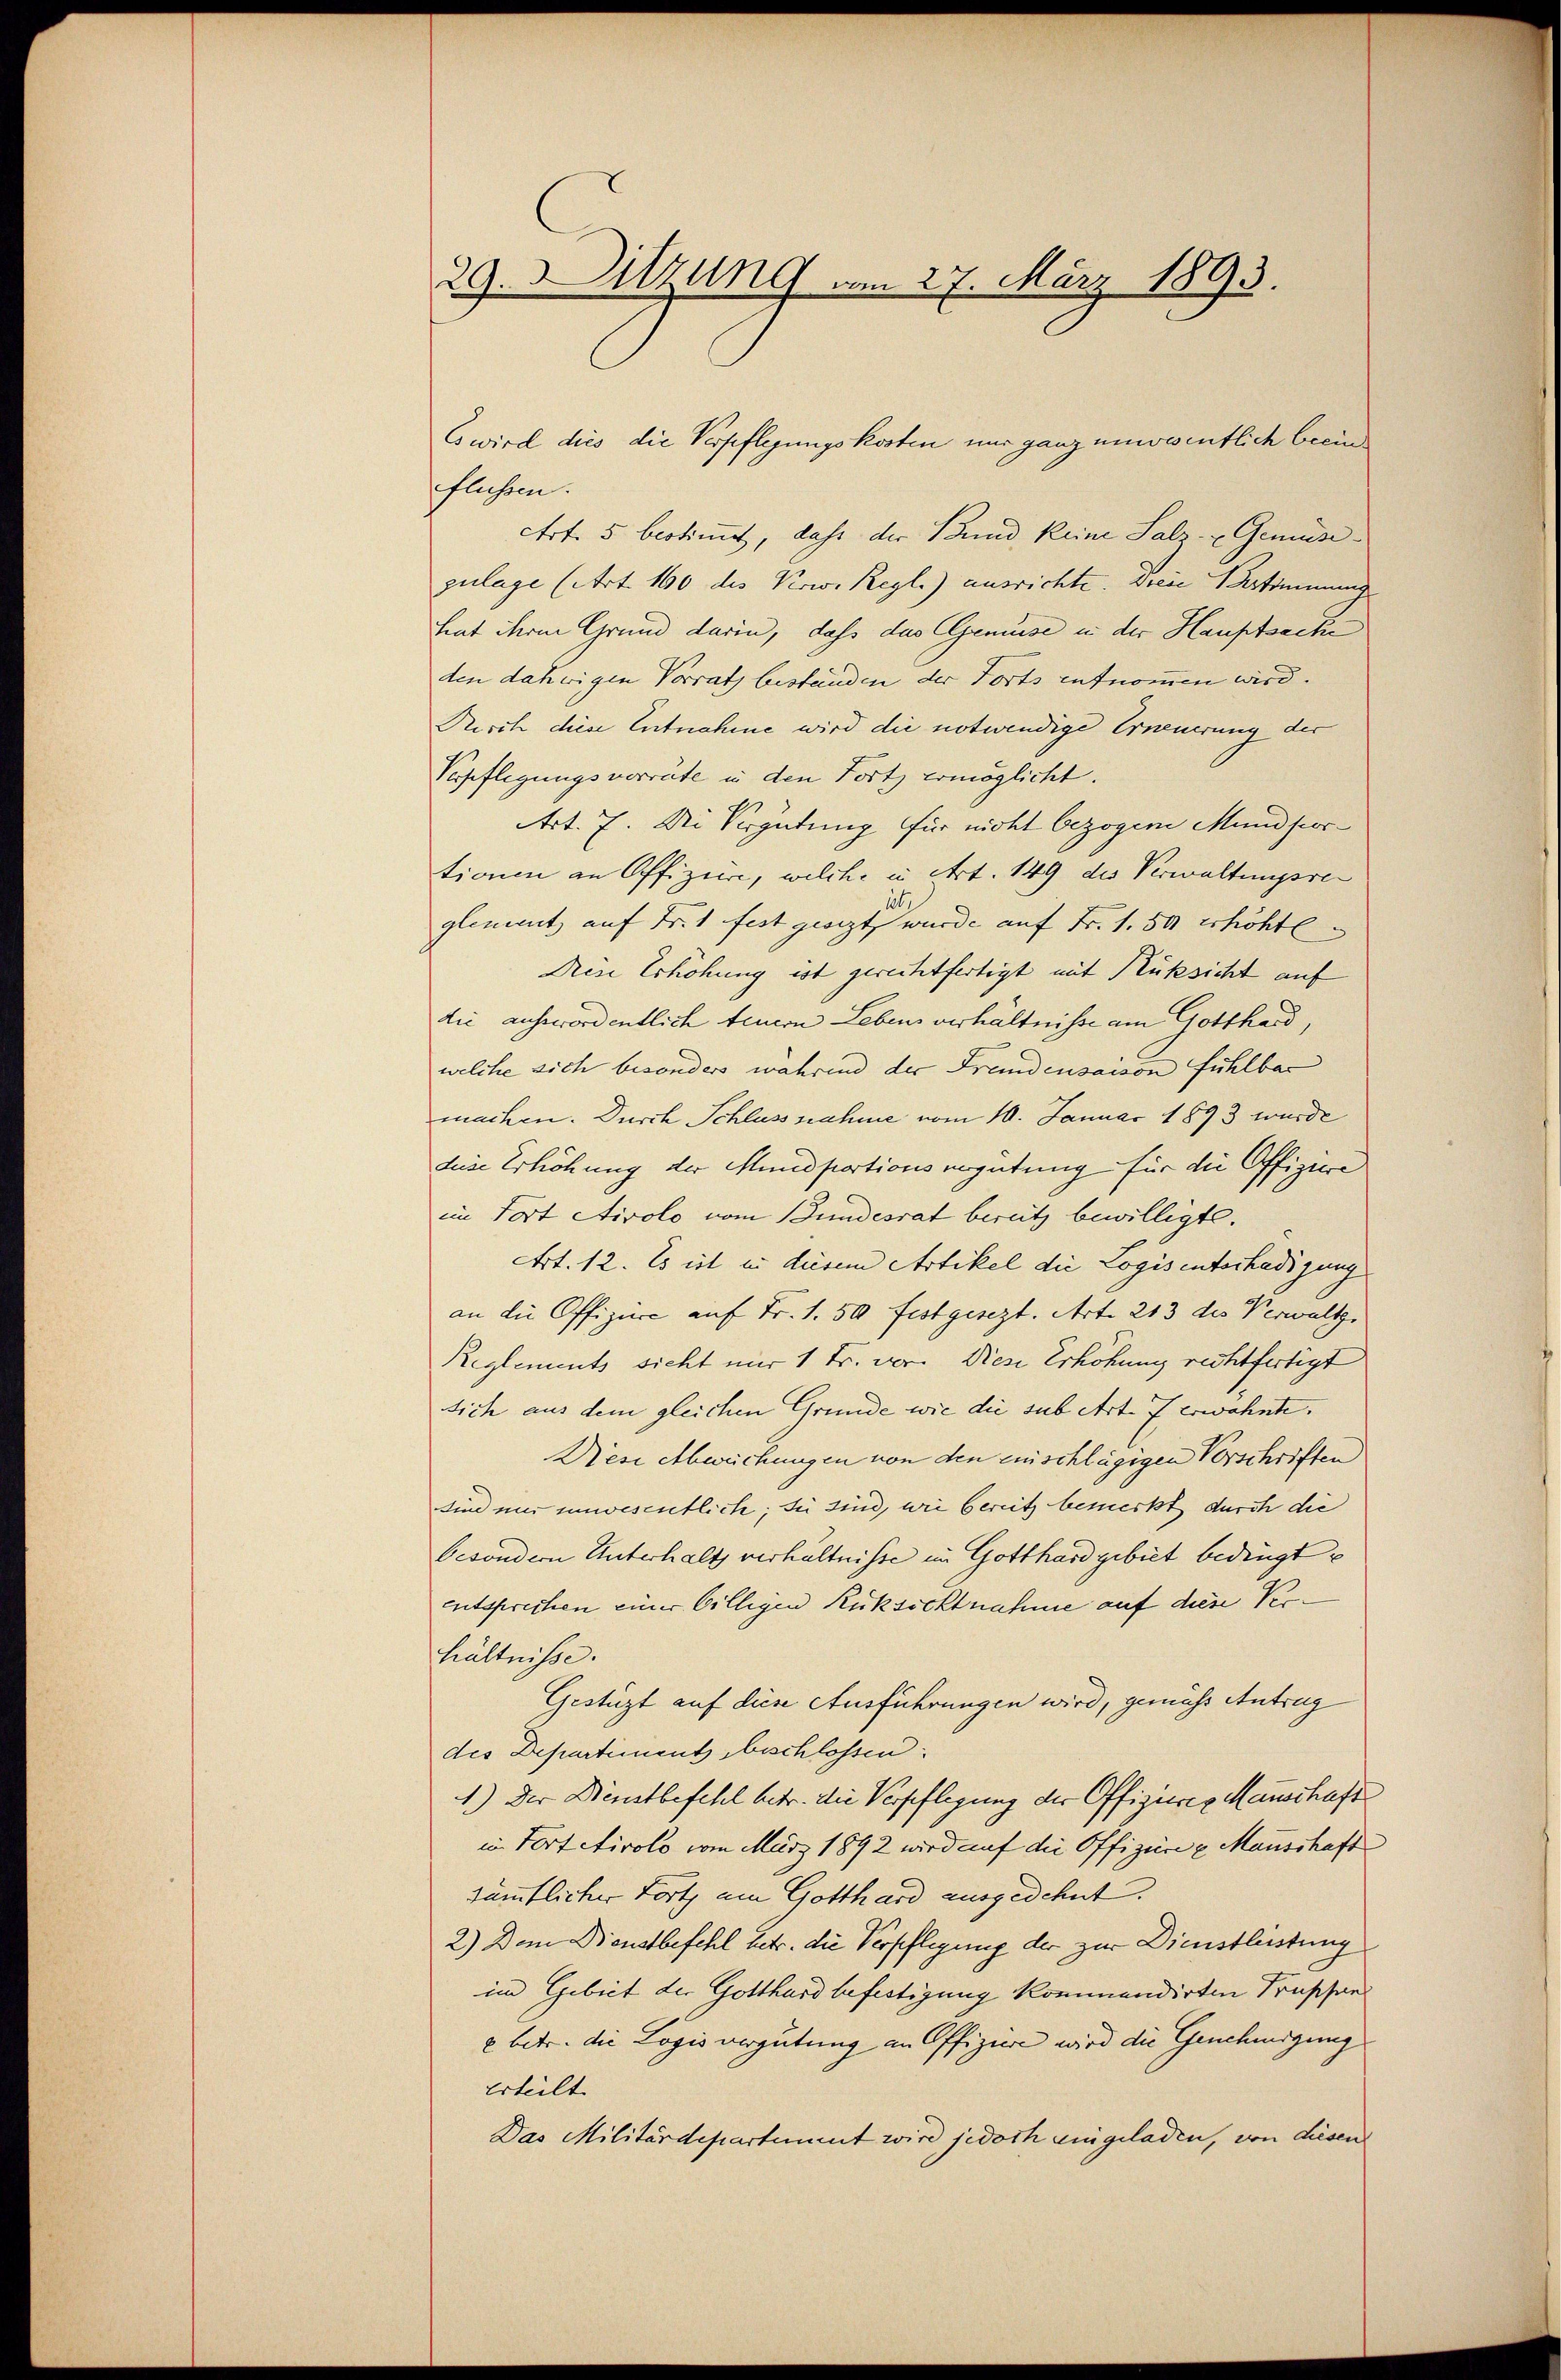
29. Sitzung am 27. März 1893.

flüssen.
Art. 5 bestimmet, dass der Bund keine Salz- u Gemüsezulage (Art. 160 des Kow. Regl.) ausrichte. Diese Verstimmung
heut ihrem Grund darin, daß das Gemüse in der Hauptsache
den dahwigen Vorrath beständen der Forts entnommen wird.
Risch diese Entnahme wird die notwendige Erneuerung der
Verpflegungsvorräte in den Forts ermöglicht.
Art. 7. Die Vergütung für nicht bezogene Mundfortionen an Offiziere, welche in Art. 149 des Verwaltungsre
glement auf Fr. 1 fest gesezt wurde auf Fr. 1.50 erhöhte
Dreie Erhöhung ist gerechtfertigt mit Rüksicht auf
die ausserordentlich teuern Lebens verhältnisse am Gotthard,
welche sich besonders während der Freudensacion fühlbar
machen. Durch Schluss nahme vom 10. Januar 1893 wurde
deise Erhöhung der Mundportionsergütung für die Offiziere
im fort Airolo vom Bundesrat bereitz bewilligte.
Art. 12. Es ist in diesem Artikel die Logis interhadigung
an die Offiziere auf Fr. 1. 50 festgesezt. Art. 213 des Verwaltg
Reglements sicht nur 1 Fr. vor. Diese Erhöhung rechtfertigt
sich aus dem gleichen Gründe wie die sub Art. 7 erwähnte.
Diese Abweichungen von den einschlägigen Vorschriften
sind mir unwesentlich; fü sind, wie bereits bemerkt durch die
besondern Unterhalt verhältnisse im Gotthard gebiet bedingt
entsprechen einer billigen Rücksichtnahme auf diese Verhältnisse.
Gestüzt auf diese Ausführungen wird, gemäss Antrag
des Departiment beschlossen:
1.) Der Dienstbefehl betr. die Verpflegung der Offizieres Manschaft
in Tortetirolo vom März 1892 wird auf die Offiziere u Manschaft
sämmtlicher Forts am Gotthard ausgedehnt.
2.) Dem Dienstbefehl hetr. die Verpflegung der zur Dienstleistung
im Gebiet der Gotthard befestigung kommendirten Pressan
2 betr. die Logis vergütung an Offiziere wird die Genehmigung
Erteilt.
Das Militärdepartement wird jedoch eingeladen, von diesen

Es wird dies die Verpflegungskosten nur ganz unwesentlich beein¬